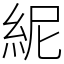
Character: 𥿡